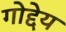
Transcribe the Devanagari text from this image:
गोद्देय